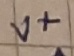
Text: V+